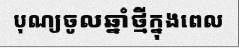
បុណ្យចូលឆ្នាំថ្មីក្នុងពេល